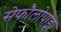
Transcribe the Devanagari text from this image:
सेफौलोपोडा